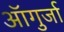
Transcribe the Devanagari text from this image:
ऑगुर्जा